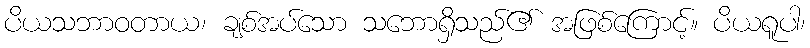
ပိယသဘာဝတာယ၊ ချစ်အပ်သော သဘောရှိသည်၏ အဖြစ်ကြောင့်။ ပိယရူပါ၊